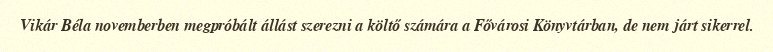
Vikár Béla novemberben megpróbált állást szerezni a költő számára a Fővárosi Könyvtárban, de nem járt sikerrel.